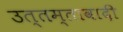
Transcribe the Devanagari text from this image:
उत्तम्तावादी